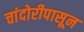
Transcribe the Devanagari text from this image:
चांदोरीपासून